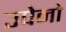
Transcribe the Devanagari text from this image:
उपेनो